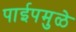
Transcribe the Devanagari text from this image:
पाईपमुळे